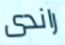
راندى